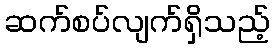
ဆက်စပ်လျက်ရှိသည့်